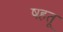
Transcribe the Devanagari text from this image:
षहतू